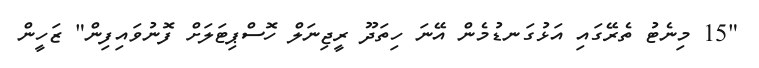
"15 މިނެޓު ތެރޭގައި އަޅުގަނޑުމެން އޭނަ ހިތަދޫ ރީޖިނަލް ހޮސްޕިޓަލަށް ފޮނުވައިފިން" ޒަހީން